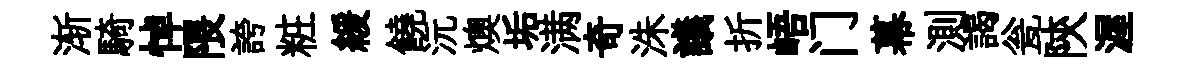
渐騎悼隈誇粧緩饒沅燠垢满奇洙議折峿门幕測謁瓮陝渥